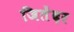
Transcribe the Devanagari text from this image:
जितेंदर